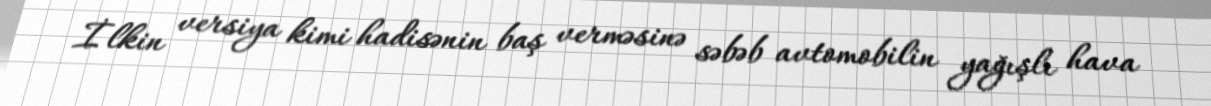
İlkin versiya kimi hadisənin baş verməsinə səbəb avtomobilin yağışlı hava